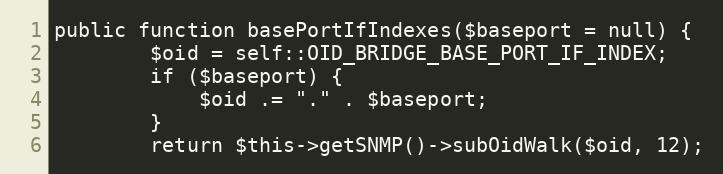
Language: PHP
public function basePortIfIndexes($baseport = null) {
        $oid = self::OID_BRIDGE_BASE_PORT_IF_INDEX;
        if ($baseport) {
            $oid .= "." . $baseport;
        }
        return $this->getSNMP()->subOidWalk($oid, 12);